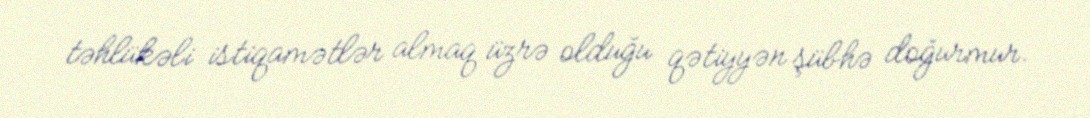
təhlükəli istiqamətlər almaq üzrə olduğu qətiyyən şübhə doğurmur.